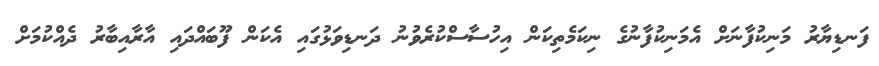
ފަނޑިޔާރު މަނިކުފާނަށް އެމަނިކުފާނުގެ ނިކަމެތިކަން އިހުސާސްކުރެވުނު ދަނޑިވަޅުގައި އެކަން ފޫބައްދައި އާރާއިބާރު ދެއްކުމަށް